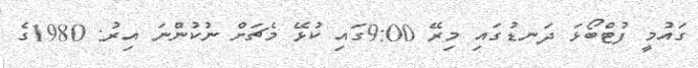
ގައުމީ ފުޓްބޯޅަ ދަނޑުގައި މިރޭ 9:00ގައި ކުޅޭ މެޗަށް ނުކުންނަ އިރު: 1980ގެ